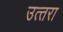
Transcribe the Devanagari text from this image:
उत्‍तरा